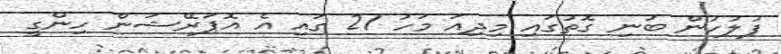
ފުލުހުން ބުނި ގޮތުގައި މިދިއަ މަހު 21 ގައި އެ އޮޕަރޭޝަން ހިންގީ